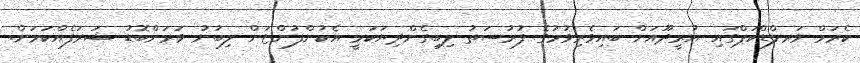
ކެރަމް ވަރލްޑްކަޕްގައި އުރީދޫއަށް ބައިވެރިވުމުގެ ފުރުސަތު ލިބިގެންދިޔަކަމީ އެކުންފުންޏަށް ލިބުނު ވަރަށްބޮޑު ޝަރަފެއްކަމަށް.